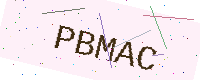
Text: PBMAC